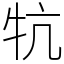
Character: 牨